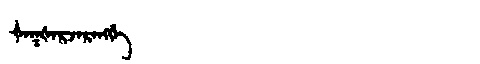
Manchu: ᡧᠠᡴᡧᠠᡵᠵᠠᡵᠠᠩᡤᡝ
Romanization: ŠAKŠARJARANGGE